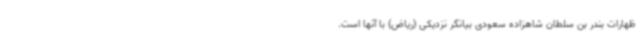
ظهارات بندر بن سلطان شاهزاده سعودی بیانگر نزدیکی (ریاض) با آنها است.